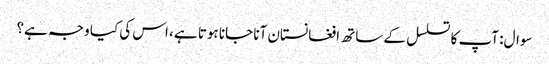
سوال: آپ کا تسلسل کے ساتھ افغانستان آنا جانا ہوتا ہے، اس کی کیا وجہ ہے؟